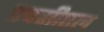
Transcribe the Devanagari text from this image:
एचसीएल